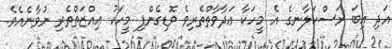
އަދި އިބަ ރަސްކަލާނގެ އެ މީހަކާ ޢަދާވާތްތެރިވެ ވޮޑިގެންފި މީހަކު ޢިއްޒަތްތެރި ނުވާނެއެވެ.